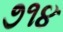
૭૧૪